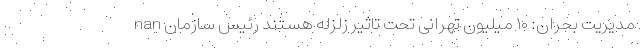
nan مدیریت بحران: ۱۰ میلیون تهرانی تحت تاثیر زلزله هستند رئیس سازمان